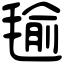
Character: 毺